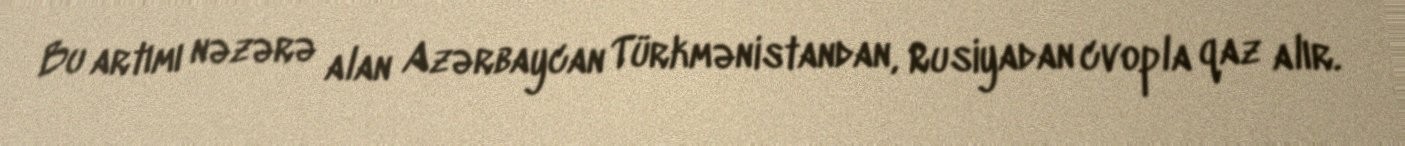
Bu artımı nəzərə alan Azərbaycan Türkmənistandan, Rusiyadan cvopla qaz alır.